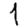
Digit: 1